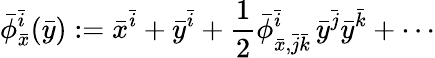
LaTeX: \bar{\phi}_{\bar{x}}^{\bar{i}}(\bar{y}):=\bar{x}^{\bar{i}}+\bar{y}^{\bar{i}}+\frac 12\bar{\phi}_{\bar{x},\bar{j}\bar{k}}^{\bar{i}}\, \bar{y}^{\bar{j}}\bar{y}^{\bar{k}}+\cdots